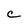
Character: C